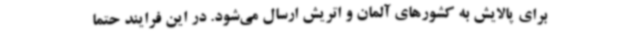
برای پالایش به کشورهای آلمان و اتریش ارسال می‌شود. در این فرایند حتما